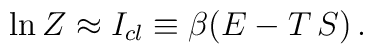
\ln Z \approx I_{cl} \equiv \beta(E - T\, S) \, .